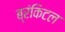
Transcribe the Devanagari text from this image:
ब्रंकिटल